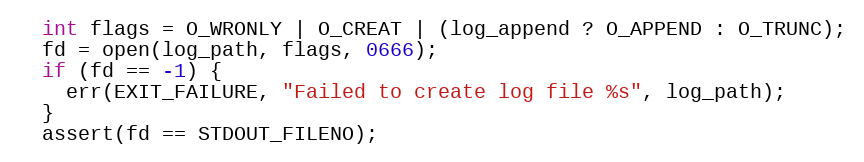
Language: C
  int flags = O_WRONLY | O_CREAT | (log_append ? O_APPEND : O_TRUNC);
  fd = open(log_path, flags, 0666);
  if (fd == -1) {
    err(EXIT_FAILURE, "Failed to create log file %s", log_path);
  }
  assert(fd == STDOUT_FILENO);